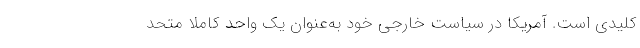
کلیدی است. آمریکا در سیاست خارجی خود به‌عنوان یک واحد کاملاًً متحد